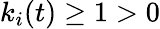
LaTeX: k_{i}(t)\geq 1>0